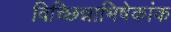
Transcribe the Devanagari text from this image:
विच्छिन्नाभिषेकांक